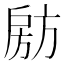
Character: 𭠈